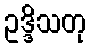
ဥဒ္ဒိသတု